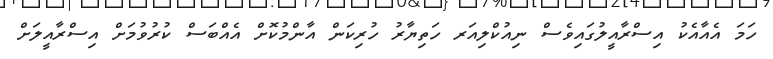
ހަމަ އެއާއެކު އިސްރާއީލުގައިވެސް ނިއުކްލިއަރ ހަތިޔާރު ހުރިކަން އާންމުކޮށް އެއްބަސް ކުރުވުމަށް އިސްރާއީލަށް